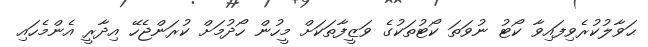
ޙަވާލުކުރެވިފައިވާ ކޯޓު ނުވަތަ ކޯޓުތަކުގެ ވަޒީފާތަކަށް މީހުން ހޯދުމަށް ކުރަންޖެހޭ އިދާރީ އެންމެހައި